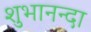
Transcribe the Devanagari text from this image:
शुभानन्दा